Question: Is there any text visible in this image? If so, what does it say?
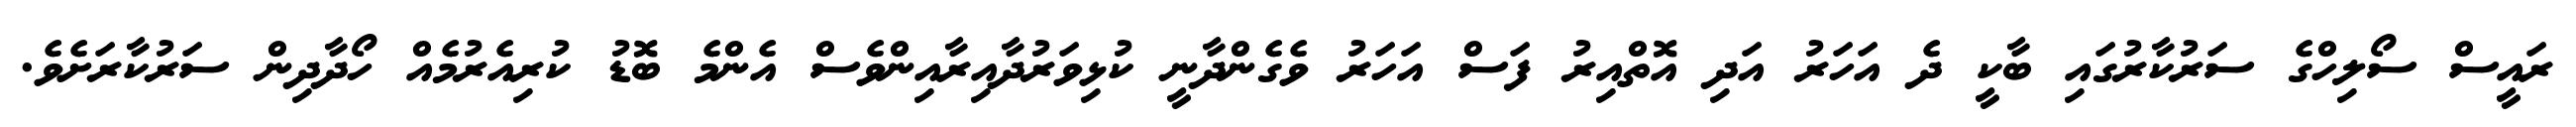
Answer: ރައީސް ސޯލިހްގެ ސަރުކާރުގައި ބާކީ ދެ އަހަރު އަދި އޮތްއިރު ފަސް އަހަރު ވެގެންދާނީ ކުޅިވަރުދާއިރާއިންވެސް އެންމެ ބޮޑު ކުރިއެރުމެއް ހޯދާދިން ސަރުކާރަށެވެ.